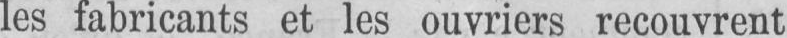
les fabricants et les ouvriers recouvrent